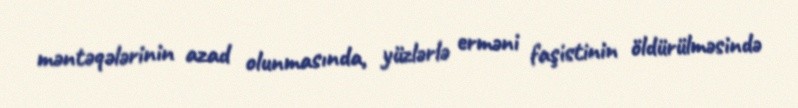
məntəqələrinin azad olunmasında, yüzlərlə erməni faşistinin öldürülməsində